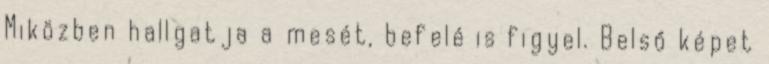
Miközben hallgatja a mesét, befelé is figyel. Belső képet